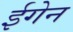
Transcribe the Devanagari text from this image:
ईगेन